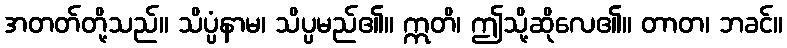
အတတ်တို့သည်။ သိပ္ပံနာမ၊ သိပ္ပမည်၏။ ဣတိ၊ ဤသို့ဆိုလေ၏။ တာတ၊ ဘခင်။